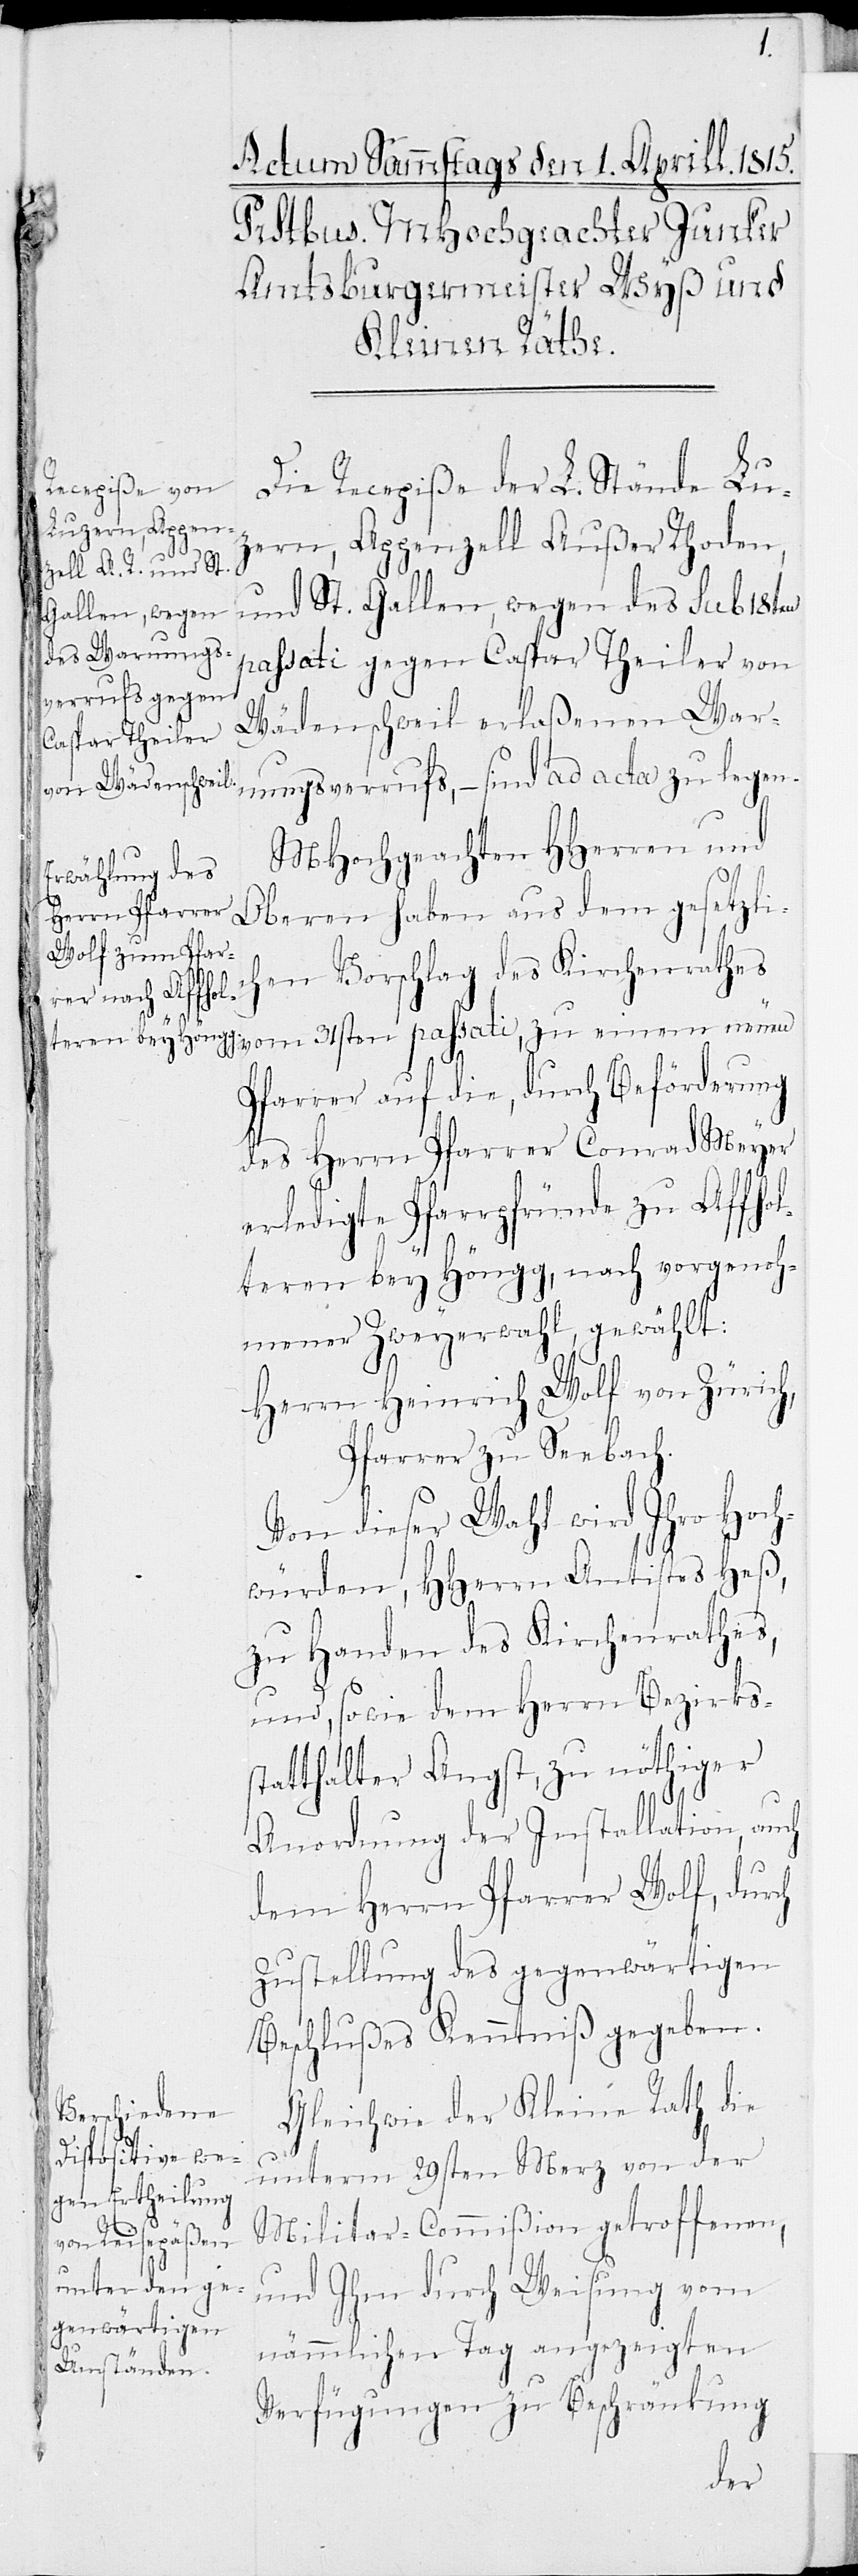
Die Recepiße der L. Stände Lu¬
zern, Appenzell Außer Rhoden,
und St. Gallen, wegen des sub 18ten
passati gegen Caspar Theiler von
Wädenschweil erlaßenen War¬
nungsverrufs, – sind ad acta zu legen.
MHochgeachten HHerren und
Oberen haben aus dem gesetzlic¬
hen Vorschlag des Kirchenrathes
Pfarrer auf die, durch Beförderung
des Herrn Pfarrer Conrad Meyer
erledigte Pfarrpfründe zu Affhol¬
teren bey Höngg, nach vorgenoh¬
mener Zweyerwahl, gewählt:
Herrn Heinrich Wolf von Zürich,
Pfarrer zu Seebach.
Von dieser Wahl wird Ihro Hoch¬
würden, HHerrn Antistes Heß,
zu Handen des Kirchenrathes,
und, sowie dem Herrn Bezirkss¬
tatthalter Angst, zu nöthiger
Anordnung der Installation, auch
dem Herrn Pfarrer Wolf, durch
Zustellung des gegenwärtigen
Beschlußes Kenntniß gegeben.
Gleichwie der Kleine Rath die
unterm 29sten Merz von der
Militar-Commißion getroffenen,
und Ihm durch Weisung vom
nämmlichen Tag angezeigten
Verfügungen zu Beschränkung